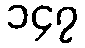
၁၄၇